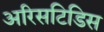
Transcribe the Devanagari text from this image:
अरिसटिडिस